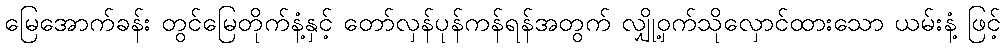
မြေအောက်ခန်း တွင်မြေတိုက်နံ့နှင့် တော်လှန်ပုန်ကန်ရန်အတွက် လျှို့ဝှက်သိုလှောင်ထားသော ယမ်းနံ့ ဖြင့်